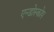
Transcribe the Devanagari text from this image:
एन्डोस्कोप